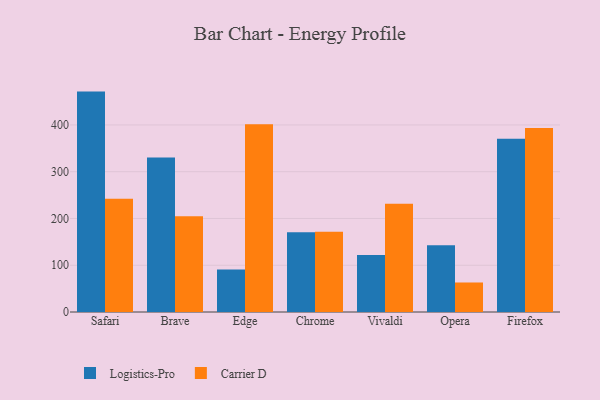
{"axis": {"x": "Browser", "y": "Energy Usage (MWh)"}, "legend": ["Carrier D", "Logistics-Pro"], "data": [{"x": "Safari", "y": 471.3, "type": "Logistics-Pro"}, {"x": "Safari", "y": 242.4, "type": "Carrier D"}, {"x": "Brave", "y": 330.2, "type": "Logistics-Pro"}, {"x": "Brave", "y": 204.8, "type": "Carrier D"}, {"x": "Edge", "y": 91.0, "type": "Logistics-Pro"}, {"x": "Edge", "y": 401.4, "type": "Carrier D"}, {"x": "Chrome", "y": 170.5, "type": "Logistics-Pro"}, {"x": "Chrome", "y": 171.4, "type": "Carrier D"}, {"x": "Vivaldi", "y": 121.9, "type": "Logistics-Pro"}, {"x": "Vivaldi", "y": 231.5, "type": "Carrier D"}, {"x": "Opera", "y": 142.5, "type": "Logistics-Pro"}, {"x": "Opera", "y": 63.1, "type": "Carrier D"}, {"x": "Firefox", "y": 370.7, "type": "Logistics-Pro"}, {"x": "Firefox", "y": 393.3, "type": "Carrier D"}]}